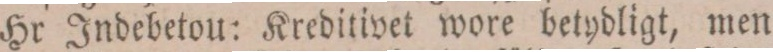
Hr Indebetou: Kreditivet wore betydligt, men